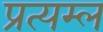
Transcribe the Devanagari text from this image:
प्रत्यम्ल